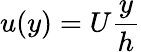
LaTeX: u(y)=U{\frac{y}{h}}